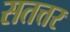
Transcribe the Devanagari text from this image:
सतत्तर